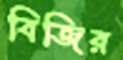
বিজির